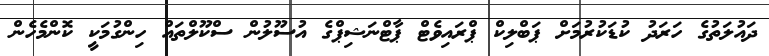
ދައުލަތުގެ ހަރަދު ކުޑަކުރުމަށް ޕަބްލިކް ޕްރައިވެޓް ޕާޓްނަޝިޕްގެ އުސޫލުން ސްކޫލްތައް ހިންގުމަކީ ކޮންމެހެން